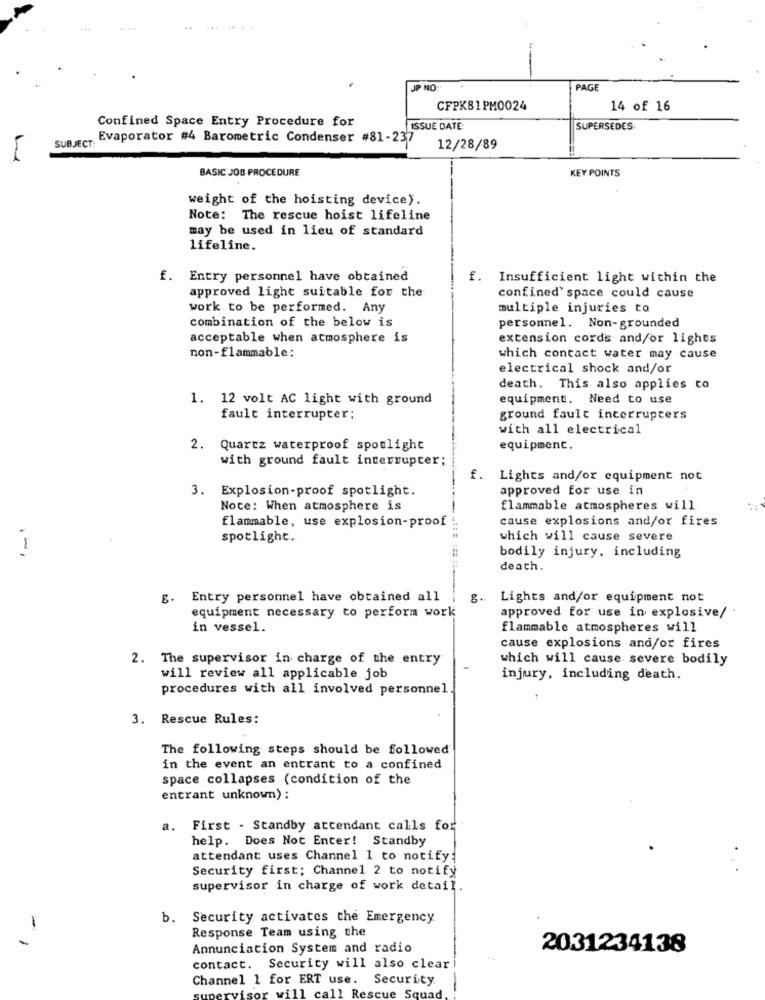
+++
JP NO:
PAGE
CFPK81PM0024
14 of 16
Confined Space Entry Procedure for
ISSUE DATE:
SUPERSÉDES
SUBJECT:
Evaporator #4 Barometric Condenser #81-237
12/28/89
BASIC JOB PROCEDURE
KEY POINTS
weight of the hoisting device).
Note: The rescue hoist lifeline
may be used in lieu of standard
lifeline.
f. Entry personnel have obtained
f. Insufficient light within the
approved light suitable for the
confined' space could cause
work to be performed. Any
multiple injuries to
combination of the below is
personnel. Non-grounded
acceptable when atmosphere is
extension cords and/or lights
non-flammable:
which contact water may cause
electrical shock and/or
death. This also applies co
1. 12 volt AC light with ground
equipment. Need to use
fault interrupter;
ground fault interrupters
with all electrical
2. Quartz waterproof spotlight
equipment.
with ground fault interrupter;
f. Lights and/or equipment not
3. Explosion-proof spotlight.
approved for use in
Note: When atmosphere is
flammable atmospheres will
flammable, use explosion-proof
cause explosions and/or fires
spotlight.
which will cause severe
1
bodily injury, including
death.
g. Entry personnel have obtained all
8.
Lights and/or equipment not
equipment necessary to perform work
approved for use in explosive/
in vessel.
flammable atmospheres will
cause explosions and/or fires
The supervisor in charge of the entry
which will cause severe bodily
will review all applicable job
injury, including death.
procedures with all involved personnel
3. Rescue Rules:
The following steps should be followed
in the event an entrant to a confined
space collapses (condition of the
entrant unknown) :
a. First - Standby attendant calls for
help. Does Not Enter! Standby
attendant uses Channel 1 to notify:
Security first; Channel 2 to notify
supervisor in charge of work detail.
b. Security activates the Emergency
Response Team using the
Annunciation System and radio
2031234138
contact. Security will also clear
Channel 1 for ERT use. Security.
will call Rescue Squad